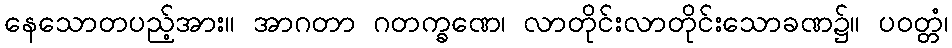
နေသောတပည့်အား။ အာဂတာ ဂတက္ခဏေ၊ လာတိုင်းလာတိုင်းသောခဏ၌။ ပဝတ္တံ၊